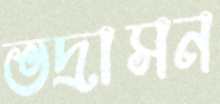
ভদ্রাসন